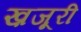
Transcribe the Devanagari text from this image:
ख़जूरी